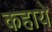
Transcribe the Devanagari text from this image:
कहाये